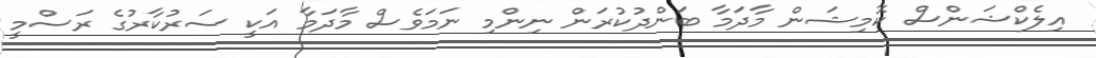
އިލެކްޝަންސް ކޮމިޝަން މާދަމާ ބަންދުކުރަން ނިންމި ނަމަވެސް މާދަމާ އަކީ ސަރުކާރުގެ ރަސްމީ